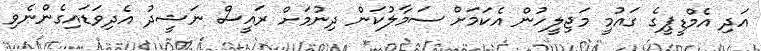
އަދި އެމްޑީޕީގެ ގައުމީ މަޖިލީހުން އެކަމަށް ސަމާލުކަން ދިނުމަށް ރައީސް ނަޝީދު އެދިވަޑައިގެންނެވި